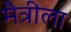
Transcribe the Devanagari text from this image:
मैत्रीला